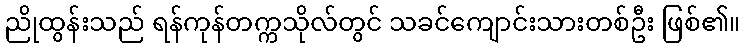
ညိုထွန်းသည် ရန်ကုန်တက္ကသိုလ်တွင် သခင်ကျောင်းသားတစ်ဦး ဖြစ်၏။